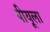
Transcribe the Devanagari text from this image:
पीयूला